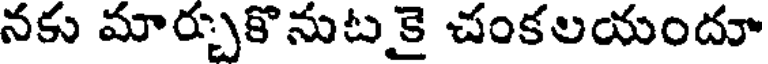
నకు మార్చుకొనుట కై చంకలయందూ